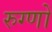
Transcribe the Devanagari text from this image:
रुग्णों